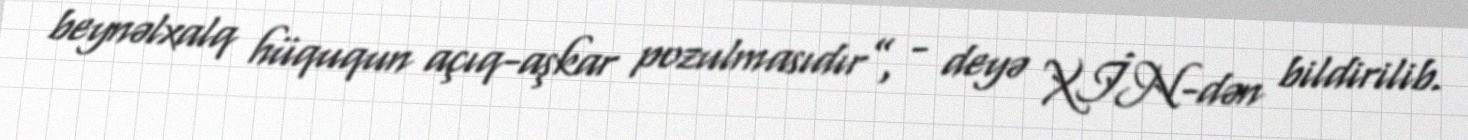
beynəlxalq hüququn açıq-aşkar pozulmasıdır”, - deyə XİN-dən bildirilib.